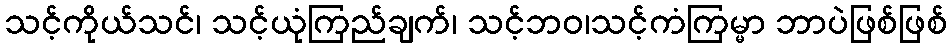
သင့်ကိုယ်သင်၊ သင့်ယုံကြည်ချက်၊ သင့်ဘဝ၊သင့်ကံကြမ္မာ ဘာပဲဖြစ်ဖြစ်